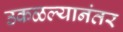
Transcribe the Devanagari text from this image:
उकळल्यानंतर